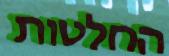
החלטות